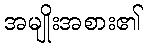
အမျိုးအစား၏